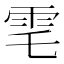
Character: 䨋